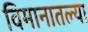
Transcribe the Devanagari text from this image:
विमानातल्या